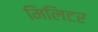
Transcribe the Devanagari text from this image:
मिलिटर